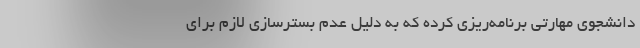
دانشجوی مهارتی برنامه‌ریزی کرده که به دلیل عدم بسترسازی لازم برای